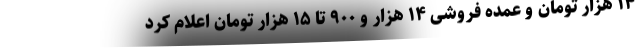
۱۴ هزار تومان و عمده فروشی ۱۴ هزار و ۹۰۰ تا ۱۵ هزار تومان اعلام کرد